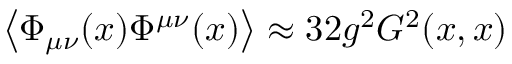
\left\langle \Phi _ { \mu \nu } ( x ) \Phi ^ { \mu \nu } ( x ) \right\rangle \approx 3 2 g ^ { 2 } { \cal G } ^ { 2 } ( x , x )